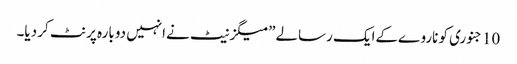
10جنوری کو ناروےکےایک رسالے”میگزنیٹ نےانہیں دوبارہ پرنٹ کر دیا۔